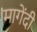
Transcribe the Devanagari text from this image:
मागेंदी